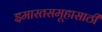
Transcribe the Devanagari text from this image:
इमारतसमूहासाठी